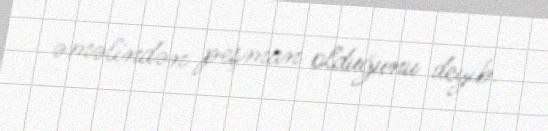
əməlindən peşman olduğunu deyib.